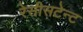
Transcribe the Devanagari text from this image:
रेसीसटेन्ट